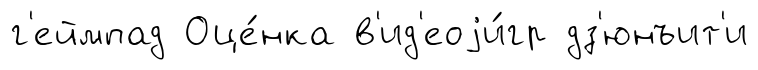
г'еймпад Оце́нка в'ид'еоjи́гр дз'юнъит'и